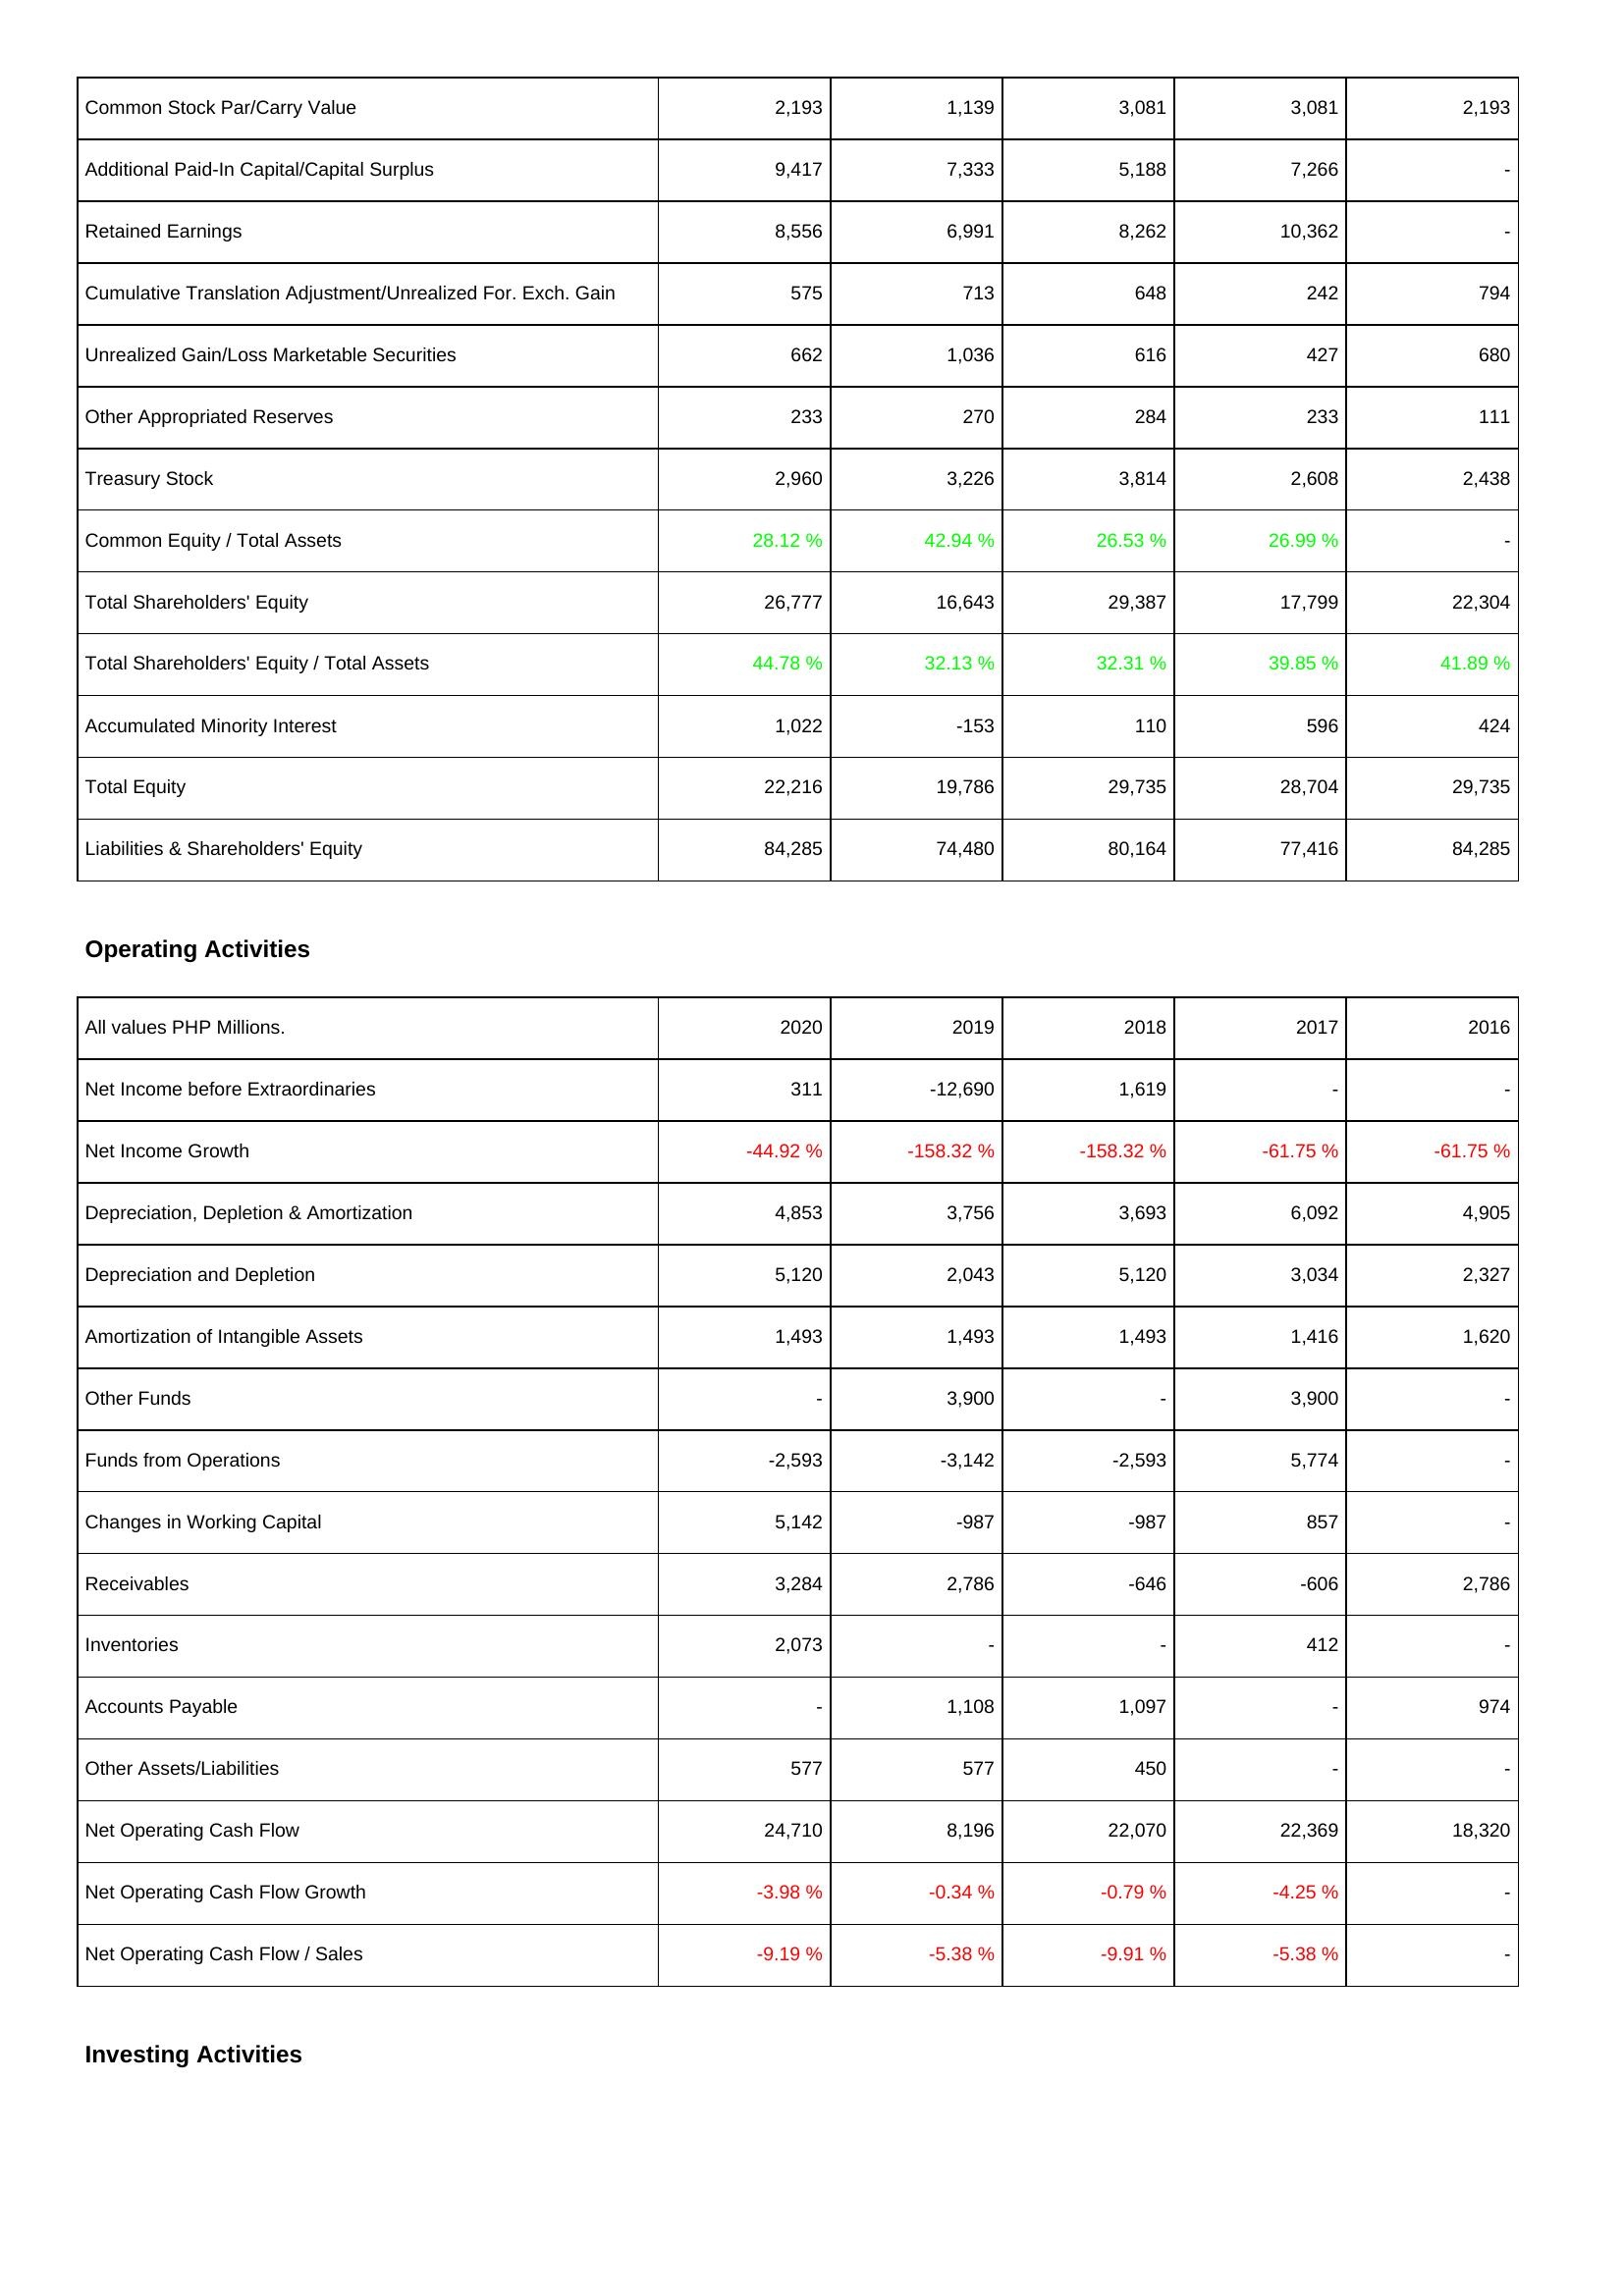
2020: Liabilities & Shareholders' Equity: Common Stock Par/Carry Value: 2,193
Additional Paid-In Capital/Capital Surplus: 9,417
Retained Earnings: 8,556
Cumulative Translation Adjustment/Unrealized For. Exch. Gain: 575
Unrealized Gain/Loss Marketable Securities: 662
Other Appropriated Reserves: 233
Treasury Stock: 2,960
Common Equity / Total Assets: 28.12 %
Total Shareholders' Equity: 26,777
Total Shareholders' Equity / Total Assets: 44.78 %
Accumulated Minority Interest: 1,022
Total Equity: 22,216
Liabilities & Shareholders' Equity: 84,285
Operating Activities: Net Income before Extraordinaries: 311
Net Income Growth: -44.92 %
Depreciation, Depletion & Amortization: 4,853
Depreciation and Depletion: 5,120
Amortization of Intangible Assets: 1,493
Other Funds: -
Funds from Operations: -2,593
Changes in Working Capital: 5,142
Receivables: 3,284
Inventories: 2,073
Accounts Payable: -
Other Assets/Liabilities: 577
Net Operating Cash Flow: 24,710
Net Operating Cash Flow Growth: -3.98 %
Net Operating Cash Flow / Sales: -9.19 %
2019: Liabilities & Shareholders' Equity: Common Stock Par/Carry Value: 1,139
Additional Paid-In Capital/Capital Surplus: 7,333
Retained Earnings: 6,991
Cumulative Translation Adjustment/Unrealized For. Exch. Gain: 713
Unrealized Gain/Loss Marketable Securities: 1,036
Other Appropriated Reserves: 270
Treasury Stock: 3,226
Common Equity / Total Assets: 42.94 %
Total Shareholders' Equity: 16,643
Total Shareholders' Equity / Total Assets: 32.13 %
Accumulated Minority Interest: -153
Total Equity: 19,786
Liabilities & Shareholders' Equity: 74,480
Operating Activities: Net Income before Extraordinaries: -12,690
Net Income Growth: -158.32 %
Depreciation, Depletion & Amortization: 3,756
Depreciation and Depletion: 2,043
Amortization of Intangible Assets: 1,493
Other Funds: 3,900
Funds from Operations: -3,142
Changes in Working Capital: -987
Receivables: 2,786
Inventories: -
Accounts Payable: 1,108
Other Assets/Liabilities: 577
Net Operating Cash Flow: 8,196
Net Operating Cash Flow Growth: -0.34 %
Net Operating Cash Flow / Sales: -5.38 %
2018: Liabilities & Shareholders' Equity: Common Stock Par/Carry Value: 3,081
Additional Paid-In Capital/Capital Surplus: 5,188
Retained Earnings: 8,262
Cumulative Translation Adjustment/Unrealized For. Exch. Gain: 648
Unrealized Gain/Loss Marketable Securities: 616
Other Appropriated Reserves: 284
Treasury Stock: 3,814
Common Equity / Total Assets: 26.53 %
Total Shareholders' Equity: 29,387
Total Shareholders' Equity / Total Assets: 32.31 %
Accumulated Minority Interest: 110
Total Equity: 29,735
Liabilities & Shareholders' Equity: 80,164
Operating Activities: Net Income before Extraordinaries: 1,619
Net Income Growth: -158.32 %
Depreciation, Depletion & Amortization: 3,693
Depreciation and Depletion: 5,120
Amortization of Intangible Assets: 1,493
Other Funds: -
Funds from Operations: -2,593
Changes in Working Capital: -987
Receivables: -646
Inventories: -
Accounts Payable: 1,097
Other Assets/Liabilities: 450
Net Operating Cash Flow: 22,070
Net Operating Cash Flow Growth: -0.79 %
Net Operating Cash Flow / Sales: -9.91 %
2017: Liabilities & Shareholders' Equity: Common Stock Par/Carry Value: 3,081
Additional Paid-In Capital/Capital Surplus: 7,266
Retained Earnings: 10,362
Cumulative Translation Adjustment/Unrealized For. Exch. Gain: 242
Unrealized Gain/Loss Marketable Securities: 427
Other Appropriated Reserves: 233
Treasury Stock: 2,608
Common Equity / Total Assets: 26.99 %
Total Shareholders' Equity: 17,799
Total Shareholders' Equity / Total Assets: 39.85 %
Accumulated Minority Interest: 596
Total Equity: 28,704
Liabilities & Shareholders' Equity: 77,416
Operating Activities: Net Income before Extraordinaries: -
Net Income Growth: -61.75 %
Depreciation, Depletion & Amortization: 6,092
Depreciation and Depletion: 3,034
Amortization of Intangible Assets: 1,416
Other Funds: 3,900
Funds from Operations: 5,774
Changes in Working Capital: 857
Receivables: -606
Inventories: 412
Accounts Payable: -
Other Assets/Liabilities: -
Net Operating Cash Flow: 22,369
Net Operating Cash Flow Growth: -4.25 %
Net Operating Cash Flow / Sales: -5.38 %
2016: Liabilities & Shareholders' Equity: Common Stock Par/Carry Value: 2,193
Additional Paid-In Capital/Capital Surplus: -
Retained Earnings: -
Cumulative Translation Adjustment/Unrealized For. Exch. Gain: 794
Unrealized Gain/Loss Marketable Securities: 680
Other Appropriated Reserves: 111
Treasury Stock: 2,438
Common Equity / Total Assets: -
Total Shareholders' Equity: 22,304
Total Shareholders' Equity / Total Assets: 41.89 %
Accumulated Minority Interest: 424
Total Equity: 29,735
Liabilities & Shareholders' Equity: 84,285
Operating Activities: Net Income before Extraordinaries: -
Net Income Growth: -61.75 %
Depreciation, Depletion & Amortization: 4,905
Depreciation and Depletion: 2,327
Amortization of Intangible Assets: 1,620
Other Funds: -
Funds from Operations: -
Changes in Working Capital: -
Receivables: 2,786
Inventories: -
Accounts Payable: 974
Other Assets/Liabilities: -
Net Operating Cash Flow: 18,320
Net Operating Cash Flow Growth: -
Net Operating Cash Flow / Sales: -